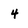
Character: 4